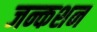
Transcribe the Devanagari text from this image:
जन्कशन